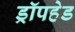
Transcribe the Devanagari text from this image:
ड्रॉपहेड